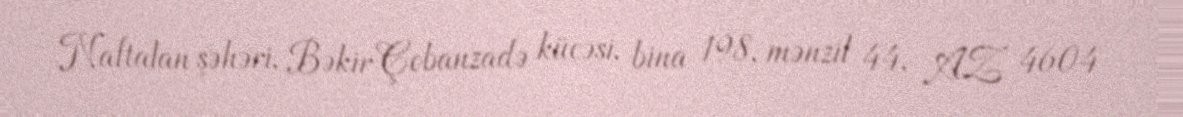
Naftalan şəhəri, Bəkir Çobanzadə küçəsi, bina 198, mənzil 44, AZ 4604